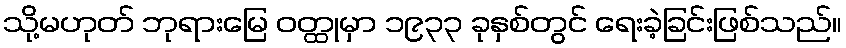
သို့မဟုတ် ဘုရားမြေ ဝတ္ထုမှာ ၁၉၃၃ ခုနှစ်တွင် ရေးခဲ့ခြင်းဖြစ်သည်။